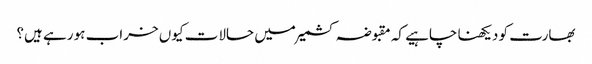
بھارت کو دیکھنا چاہیے کہ مقبوضہ کشمیر میں حالات کیوں خراب ہو رہے ہیں؟